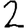
Digit: 2